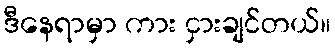
ဒီနေရာမှာ ကား ငှားချင်တယ်။